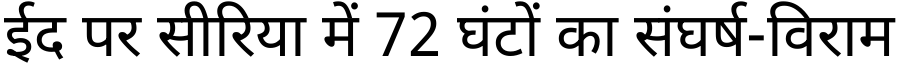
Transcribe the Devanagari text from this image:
ईद पर सीरिया में 72 घंटों का संघर्ष-विराम